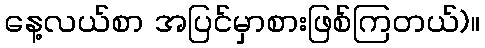
နေ့လယ်စာ အပြင်မှာစားဖြစ်ကြတယ်)။